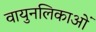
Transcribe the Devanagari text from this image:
वायुनलिकाओं